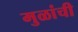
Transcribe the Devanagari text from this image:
मुळांची